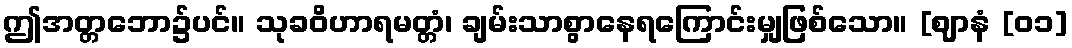
ဤအတ္တဘော၌ပင်။ သုခဝိဟာရမတ္တံ၊ ချမ်းသာစွာနေရကြောင်းမျှဖြစ်သော။ [ဈာနံ [၀၁]